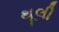
થૂલી